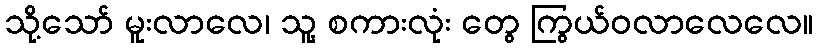
သို့သော် မူးလာလေ၊ သူ့ စကားလုံး တွေ ကြွယ်ဝလာလေလေ။